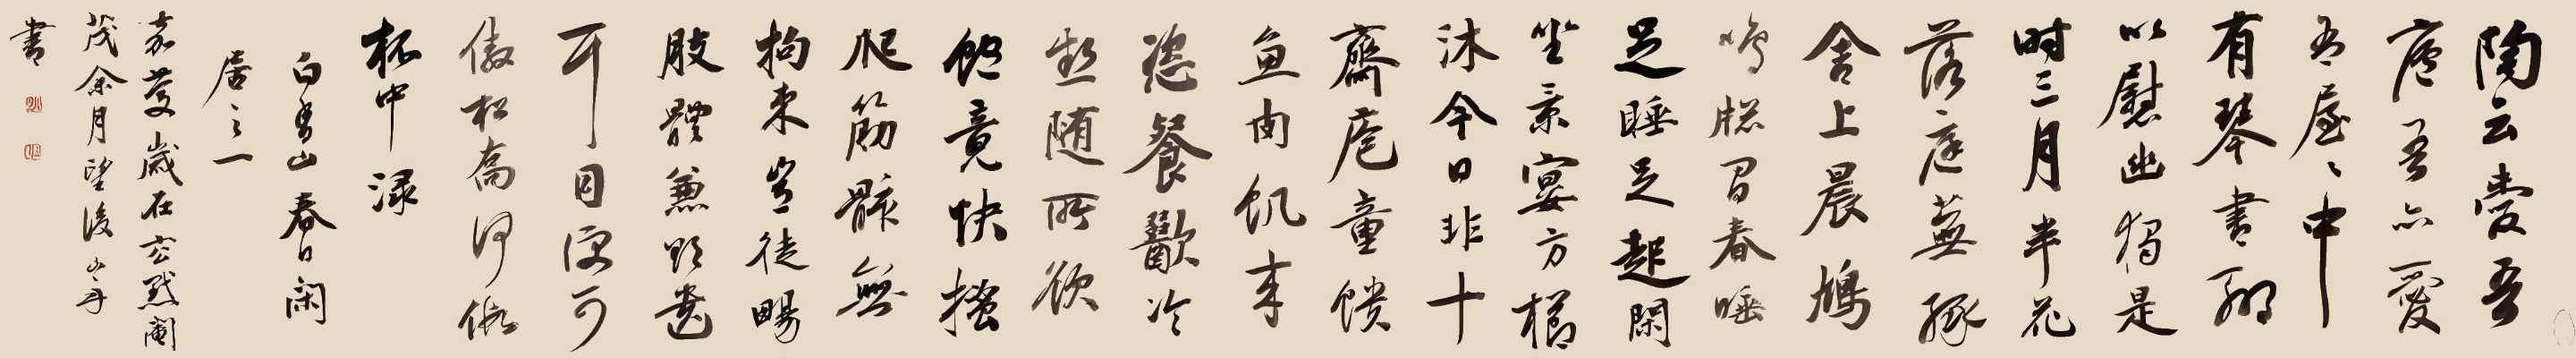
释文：陶云爱吾庐，吾亦爱吾屋。屋中有琴书，聊以慰幽独。是时三月半，花落庭芜绿。舍上晨鸠鸣，窗间春睡足。睡足起闲坐，景晏方栉沐。今日非十斋，庖童馈鱼肉。饥来恣餐歠，冷热随所欲。饱竟快搔爬，筋骸无检束。岂徒畅肢体，兼欲遗耳目。便可傲松乔，何假杯中渌。白易山春日闲居之一。嘉庆岁在玄黓阉茂余月望后，山舟书。